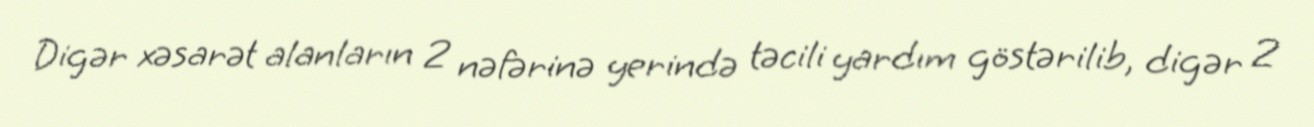
Digər xəsarət alanların 2 nəfərinə yerində təcili yardım göstərilib, digər 2